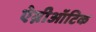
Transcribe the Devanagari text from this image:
ऐम्नीऑटिक